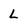
Character: L